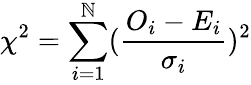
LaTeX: \chi^{2}=\sum_{i=1}^{\mathbb{N}}(\frac{{O_{i}-E_{i}}}{{\sigma_{i}}})^{2}